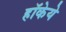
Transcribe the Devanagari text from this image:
हॉकेये